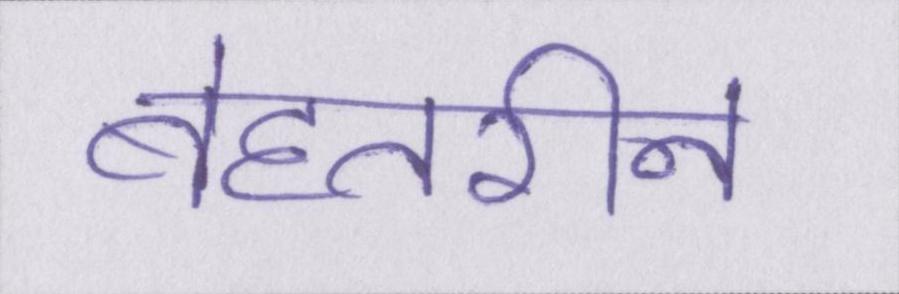
बेहतरीन